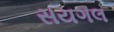
સયગલ